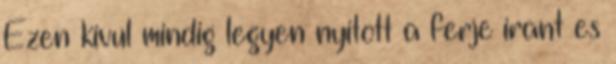
Ezen kivul mindig legyen nyitott a ferje irant es